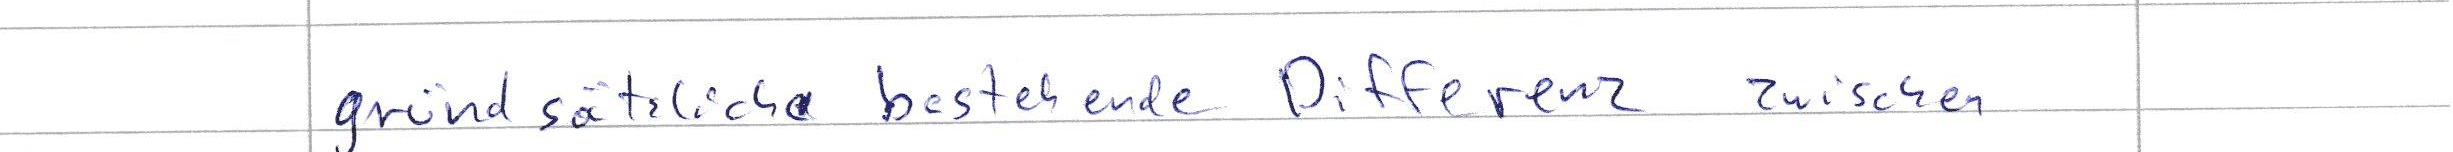
gründsätzlich bestehende Differenz zwischen